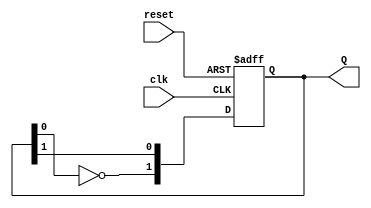
module dual_stage_johnson_counter (
    input wire clk,         // Clock signal
    input wire reset,       // Asynchronous reset signal (active low)
    output reg [1:0] Q      // 2-bit output representing the state of the counter
);

    // Initial state
    initial begin
        Q = 2'b00; // Initialize the counter to 00
    end

    // Always block for the counter operation
    always @(posedge clk or negedge reset) begin
        if (!reset) begin
            Q <= 2'b00; // Reset the counter to 00
        end else begin
            // State transition based on the Johnson counter logic
            Q[0] <= Q[1];        // Q1 takes the value of Q2
            Q[1] <= ~Q[0];       // Q2 takes the inverted value of Q1
        end
    end

endmodule